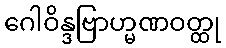
ဂေါဝိန္ဒဗြာဟ္မဏဝတ္ထု